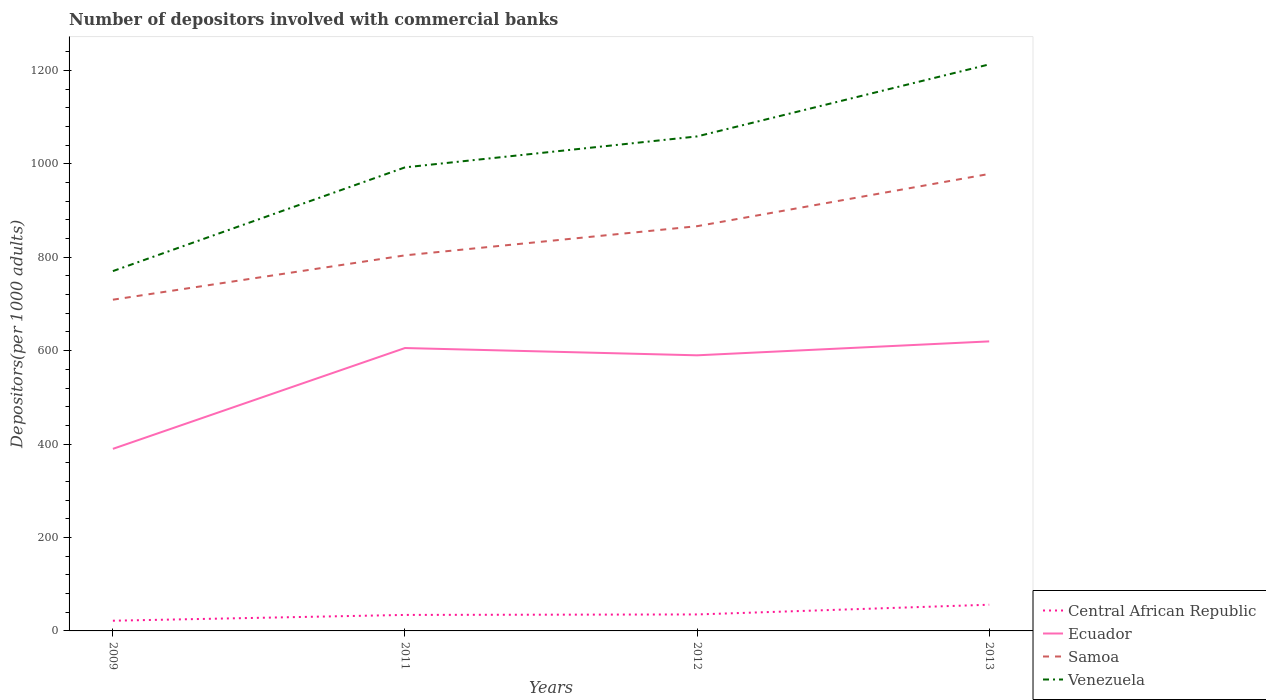
| Years | Central African Republic | Ecuador | Samoa | Venezuela |
 | --- | --- | --- | --- | --- |
 | 2009 | 21.9 | 390 | 709 | 770 |
 | 2011 | 34.3 | 606 | 804 | 992 |
 | 2012 | 35.3 | 590 | 866 | 1.06e+03 |
 | 2013 | 56.1 | 620 | 978 | 1.21e+03 |